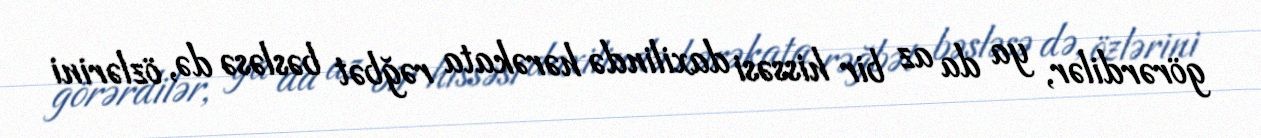
görərdilər, ya da az bir hissəsi daxilində hərəkata rəğbət bəsləsə də, özlərini